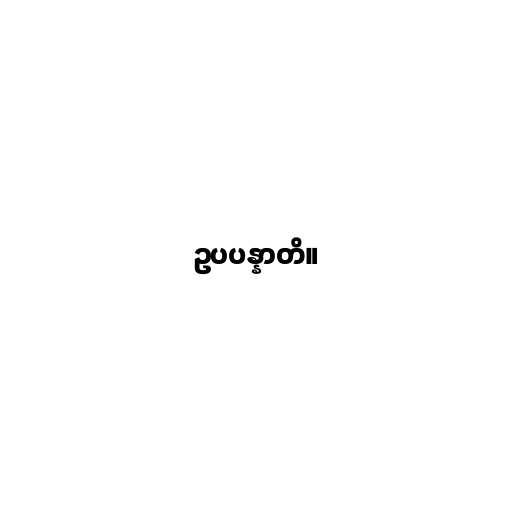
ဥပပန္နာတိ။